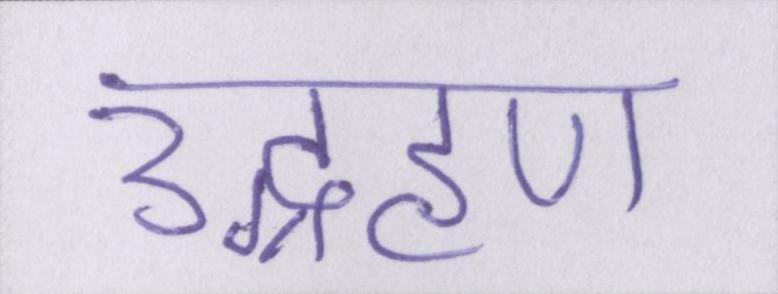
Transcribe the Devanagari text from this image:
उद्ग्रहण